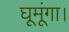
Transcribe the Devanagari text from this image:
घूमूंगा।